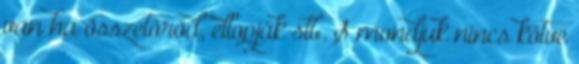
van ha összetöröd, ellopják stb. S mondjuk nincs kötve